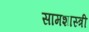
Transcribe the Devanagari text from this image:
सामशास्त्री